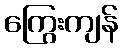
ကြွေးကျန်